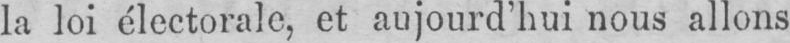
la loi électorale, et aujourd’hui nous allons